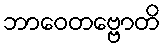
ဘာဝေတဗ္ဗောတိ